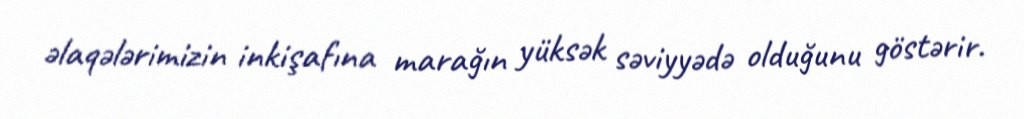
əlaqələrimizin inkişafına marağın yüksək səviyyədə olduğunu göstərir.